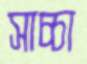
সাচ্চা